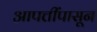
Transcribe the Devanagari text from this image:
आपत्तींपासून